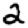
Digit: 2